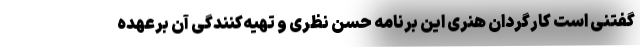
گفتنی است کارگردان هنری این برنامه حسن نظری و تهیه‌کنندگی آن برعهده